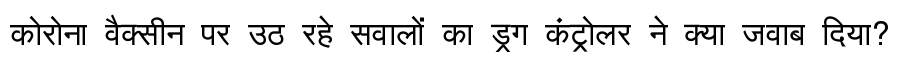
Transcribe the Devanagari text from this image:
कोरोना वैक्सीन पर उठ रहे सवालों का ड्रग कंट्रोलर ने क्या जवाब दिया?